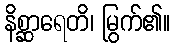
နိစ္ဆာရေတိ၊ မြွက်၏။